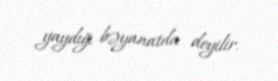
yaydığı bəyanatda deyilir.